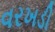
વરખડી